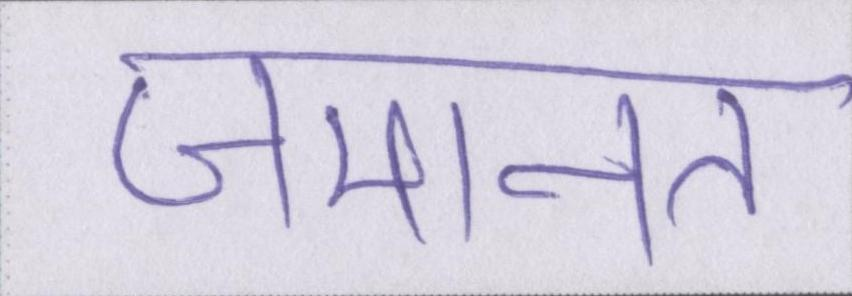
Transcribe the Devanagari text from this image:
जमानत